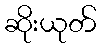
ဆိုးယုတ်